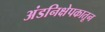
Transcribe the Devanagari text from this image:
अंडनिक्षेपकातून